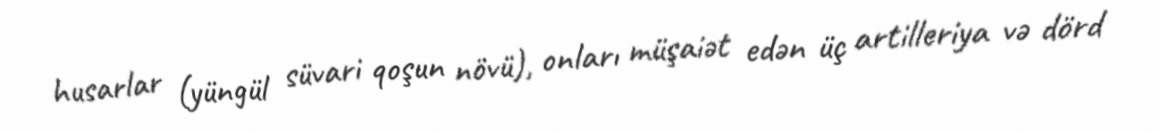
husarlar (yüngül süvari qoşun növü), onları müşaiət edən üç artilleriya və dörd